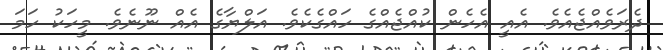
ދެރަވެއްޖެއެވެ. އެއީ އެހެން ކުއްޖެއްގެ ހައްގެކެވެ. އަލްޔާގެ އެއް ނޫނެވެ. މީހަކު ހަމަ